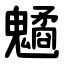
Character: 䰬